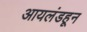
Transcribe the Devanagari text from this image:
आयलंडहून